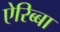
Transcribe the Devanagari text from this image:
ऐरिब्बा